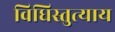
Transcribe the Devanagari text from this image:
विधिस्तुत्याय